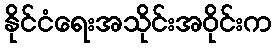
နိုင်ငံရေးအသိုင်းအဝိုင်းက